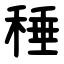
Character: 䅜